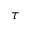
\tau